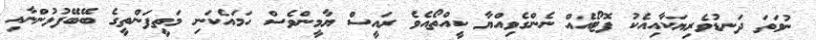
ނުވަތަ ދަނޑުވެރިޔަކާއިއެކު ފޮޓޯއެއް ނެންގެވިއްޔާ ކީއްތޯއެވެ ރައީސް ޔާމީންވެސް ހަމައެކަނި މަތީފަންތީގެ ބޭބޭފުޅުންނާއި